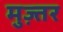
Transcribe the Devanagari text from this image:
मुज़्तर